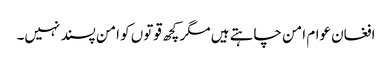
افغان عوام امن چاہتے ہیں مگر کچھ قوتوں کو امن پسند نہیں۔